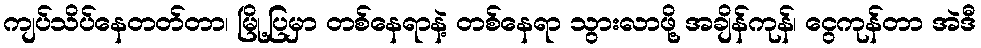
ကျပ်သိပ်နေတတ်တာ၊ မြို့ပြမှာ တစ်နေရာနဲ့ တစ်နေရာ သွားလာဖို့ အချိန်ကုန်၊ ငွေကုန်တာ အဲဒီ